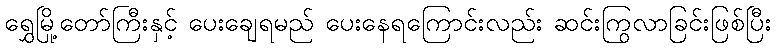
ရွှေမြို့တော်ကြီးနှင့် ပေးချေရမည် ပေးနေရကြောင်းလည်း ဆင်းကြွလာခြင်းဖြစ်ပြီး